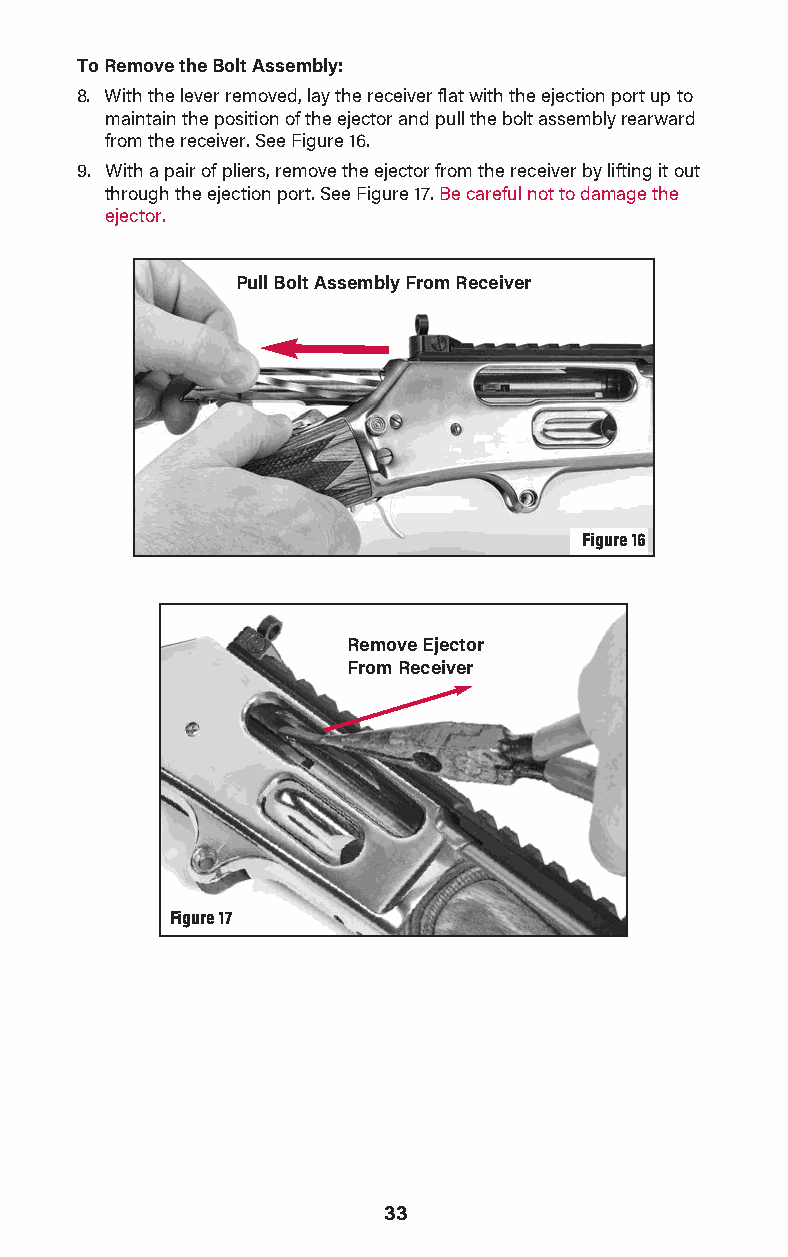
To Remove the Bolt Assembly:
 8. With the lever removed, lay the receiver flat with the ejection port up to
 maintain the position of the ejector and pull the bolt assembly rearward
 from the receiv er. See Figure 16.
 9. With a pair of pliers, remove the ejector from the receiver by lifting it out
 through the ejection port. See Figure 17. Be careful not to damage the
 ejector.
 Pull Bolt Assembly From Receiver
 Figure 16
 Remove Ejector
 From Receiver
 Figure 17
 33